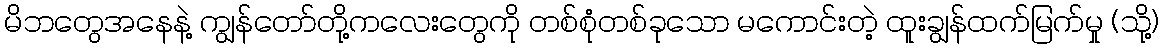
မိဘတွေအနေနဲ့ ကျွန်တော်တို့ကလေးတွေကို တစ်စုံတစ်ခုသော မကောင်းတဲ့ ထူးချွန်ထက်မြက်မှု (သို့)